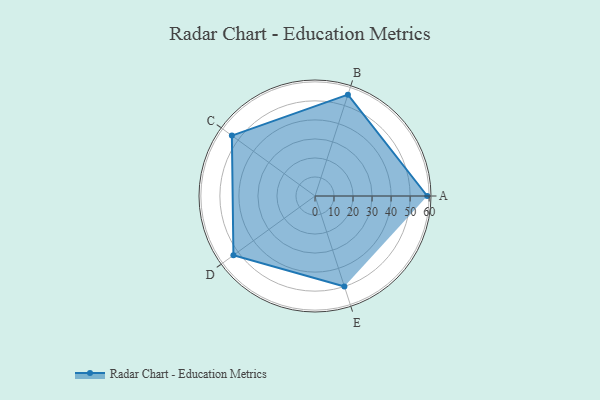
{"axis": {"x": "Skill", "y": "Score"}, "legend": ["Profile"], "data": [{"x": "A", "y": 59.0, "type": "Profile"}, {"x": "B", "y": 56.0, "type": "Profile"}, {"x": "C", "y": 54.0, "type": "Profile"}, {"x": "D", "y": 53.0, "type": "Profile"}, {"x": "E", "y": 50.0, "type": "Profile"}]}